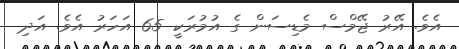
އެވެ. އޭރު ޖޭމްސް މެޑިސަން ގެ އުމުރަކީ 65 އަހަރު އެވެ. އަދި